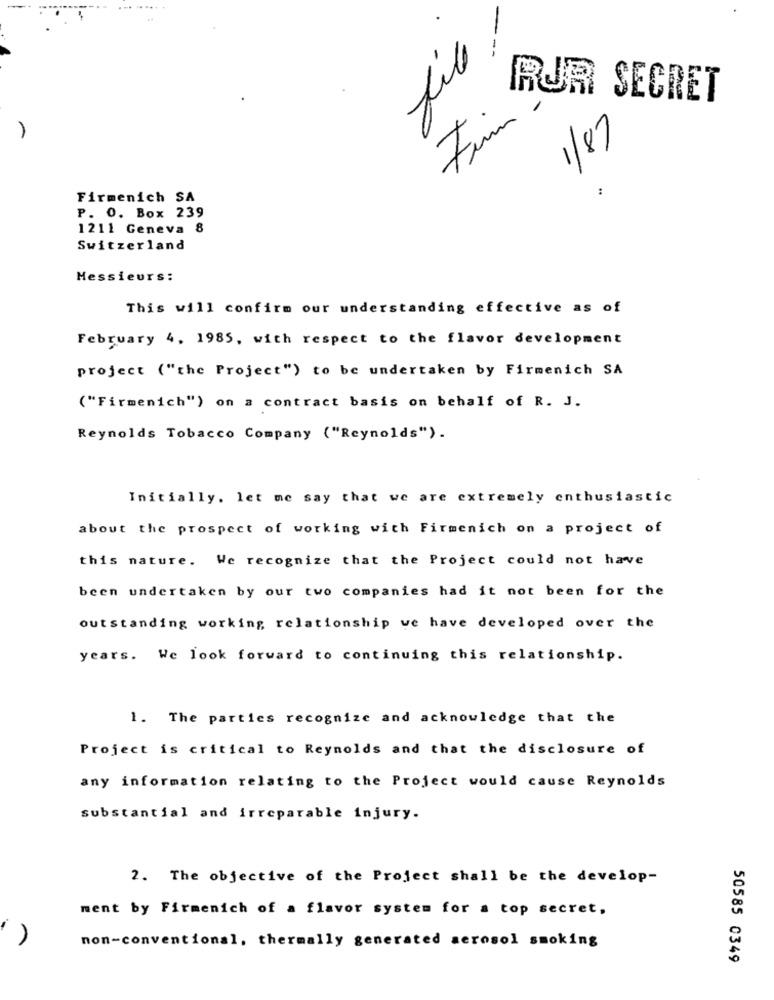
---
file
RUR SECRET
Fim
1/87
:
Firmenich SA
P. O. Box 239
1211 Geneva 8
Switzerland
Messieurs:
This will confirm our understanding effective as of
February 4, 1985, with respect to the flavor development
project ("the Project") to be undertaken by Firmenich SA
("Firmenich") on a contract basis on behalf of R. J.
Reynolds Tobacco Company ( "Reynolds").
Initially. let me say that we are extremely enthusiastic
about the prospect of working with Firmenich on a project of
this nature. We recognize that the Project could not have
been undertaken by our two companies had it not been for the
outstanding working relationship we have developed over the
years. We look forward to continuing this relationship.
1. The parties recognize and acknowledge that the
Project is critical to Reynolds and that the disclosure of
any information relating to the Project would cause Reynolds
substantial and irreparable injury.
2. The objective of the Project shall be the develop-
ment by Firmenich of a flavor system for a top secret,
non-conventional, thermally generated aerosol smoking
50585 0349